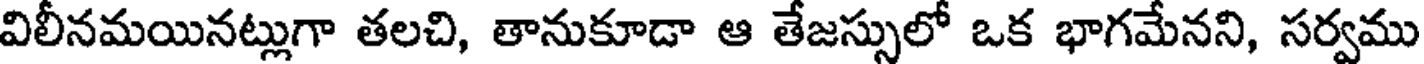
విలీనమయినట్లుగా తలచి, తానుకూడా ఆ తేజస్సులో ఒక భాగమేనని, సర్వము